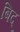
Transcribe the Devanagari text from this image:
बिद्